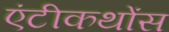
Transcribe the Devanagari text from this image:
एंटीकथोंस